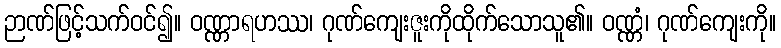
ဉာဏ်ဖြင့်သက်ဝင်၍။ ဝဏ္ဏာရဟဿ၊ ဂုဏ်ကျေးဇူးကိုထိုက်သောသူ၏။ ဝဏ္ဏံ၊ ဂုဏ်ကျေးကို။